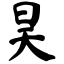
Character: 昊